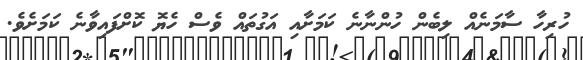
ހުރިހާ ސާމަނެއް ލިބެން ހުންނާނެ ކަމަށާއި އަގުތައް ވެސް ހެޔޮ ކޮށްފައިވާނެ ކަމަށެވެ.